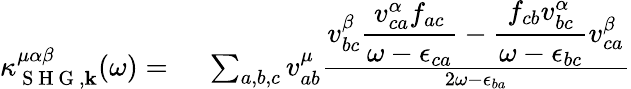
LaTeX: \begin{array}{rl}{\kappa_{\mathrm{~S~H~G~},\mathbf{k}}^{\mu\alpha\beta}(\omega)=\, \, }&{{}\sum_{a,b,c}v_{ab}^{\mu}\frac{\displaystyle v_{bc}^{\beta}\frac{v_{ca}^{\alpha}f_{ac}}{\omega-\epsilon_{ca}}-\frac{f_{cb}v_{bc}^{\alpha}}{\omega-\epsilon_{bc}}v_{ca}^{\beta}}{2\omega-\epsilon_{ba}}}\end{array}